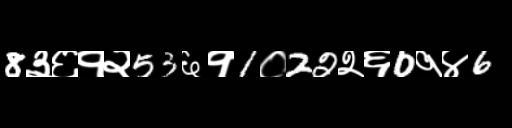
Text: 8३६१२53६१1०22२६0१४6